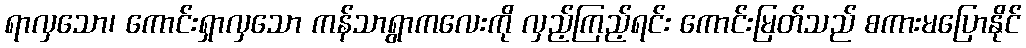
ရာလှသော၊ ကောင်းရှာလှသော ကန်သာရွာကလေးကို လှည့်ကြည့်ရင်း ကောင်းမြတ်သည် စကားမပြောနိုင်